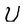
Character: U